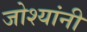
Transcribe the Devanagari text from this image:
जोश्यांनी